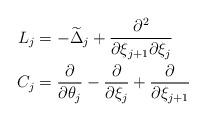
LaTeX: \begin{align*}L_j&=-\widetilde{\Delta}_j+\frac{\partial^2}{\partial\xi_{j+1}\partial\xi_j}\\C_j&=\frac{\partial }{\partial\theta_j}-\frac{\partial }{\partial\xi_j}+\frac{\partial }{\partial\xi_{j+1}}\end{align*}